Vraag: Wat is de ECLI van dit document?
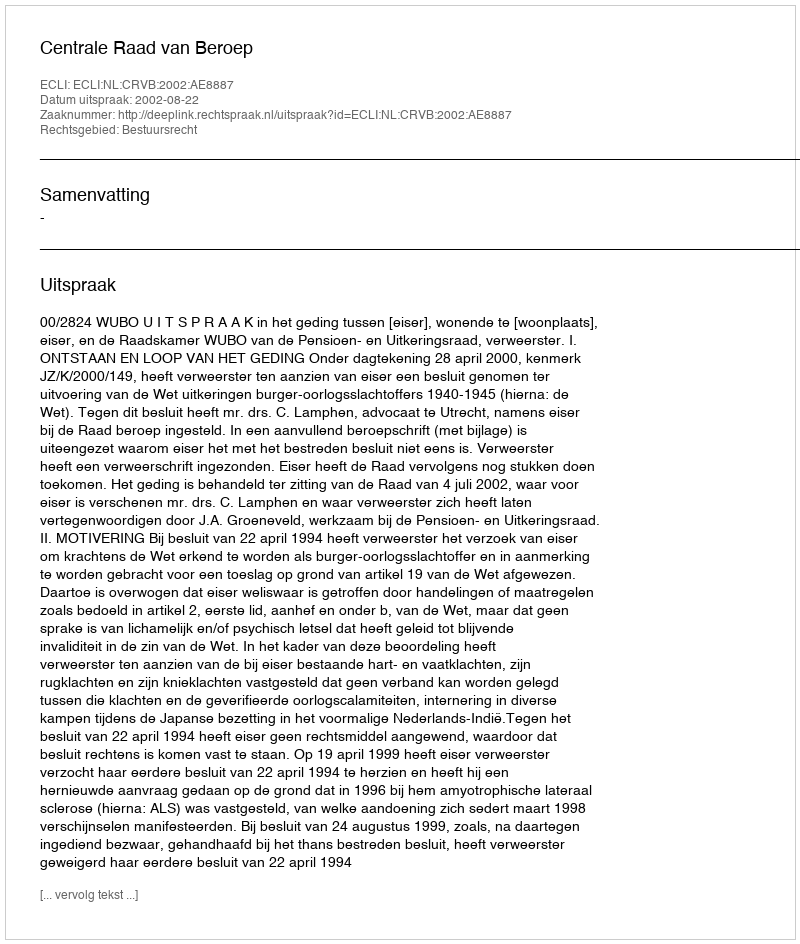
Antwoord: ECLI:NL:CRVB:2002:AE8887